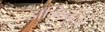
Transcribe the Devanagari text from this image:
डॉल्फिनला